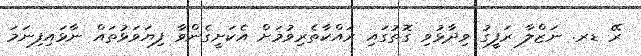
ރޭ ޑރ. ނަޒްލާ ރަފީގު ވިދާޅުވި ގޮތުގައި ރައްކާތެރިވުމަށް އެކަށީގެންވާ ފިޔަވަޅުތައް ނާޅައިފިނަމަ